Vaccination report Assam 1874-1896 - 1874-1896
Year: 1874
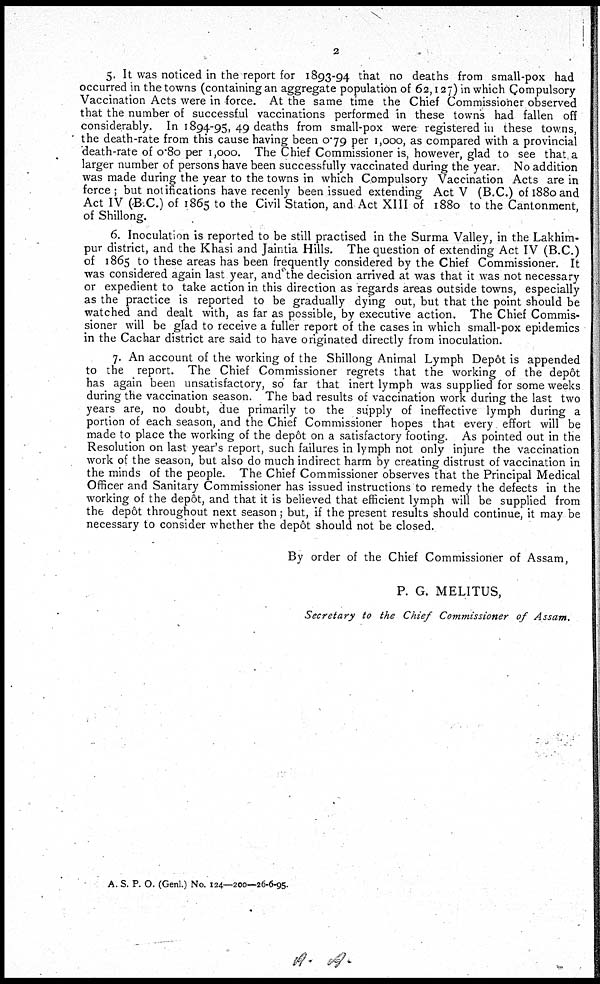
2
5. It was noticed in the report for 1893-94 that no deaths from small-pox had
occurred in the towns (containing an aggregate population of 62,127) in which Compulsory
Vaccination Acts were in force. At the same time the Chief Commissioner observed
that the number of successful vaccinations performed in these towns had fallen off
considerably. In 1894-95, 49 deaths from small-pox were registered in these towns,
the death-rate from this cause having been 0.79 per 1,000, as compared with a provincial
death-rate of 0.80 per 1,000. The Chief Commissioner is, however, glad to see that a
larger number of persons have been successfully vaccinated during the year. No addition
was made during the year to the towns in which Compulsory Vaccination Acts are in
force; but notifications have recenly been issued extending Act V (B.C.) of 1880 and
Act IV (B.C.) of 1865 to the Civil Station, and Act XIII of 1880 to the Cantonment,
of Shillong.
6. Inoculation is reported to be still practised in the Surma Valley, in the Lakhim-
pur district, and the Khasi and Jaintia Hills. The question of extending Act IV (B.C.)
of 1865 to these areas has been frequently considered by the Chief Commissioner. It
was considered again last year, and the decision arrived at was that it was not necessary
or expedient to take action in this direction as regards areas outside towns, especially
as the practice is reported to be gradually dying out, but that the point should be
watched and dealt with, as far as possible, by executive action. The Chief Commis-
sioner will be glad to receive a fuller report of the cases in which small-pox epidemics
in the Cachar district are said to have originated directly from inoculation.
7. An account of the working of the Shillong Animal Lymph depôt is appended
to the report. The Chief Commissioner regrets that the working of the depôt
has again been unsatisfactory, so far that inert lymph was supplied for some weeks
during the vaccination season. The bad results of vaccination work during the last two
years are, no doubt, due primarily to the supply of ineffective lymph during a
portion of each season, and the Chief Commissioner hopes that every effort will be
made to place the working of the depôt on a satisfactory footing. As pointed out in the
Resolution on last year's report, such failures in lymph not only injure the vaccination
work of the season, but also do much indirect harm by creating distrust of vaccination in
the minds of the people. The Chief Commissioner observes that the Principal Medical
Officer and Sanitary Commissioner has issued instructions to remedy the defects in the
working of the depôt, and that it is believed that efficient lymph will be supplied from
the depôt throughout next season; but, if the present results should continue, it may be
necessary to consider whether the depôt should not be closed.
By order of the Chief Commissioner of Assam,
P. G. MELITUS,
Secretary to the Chief Commissioner of Assam.
A. S. P. O. (Genl.) No. 124—200—26-6-95.